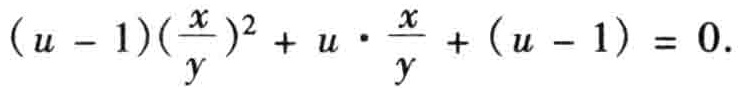
\((u - 1)(\frac{x}{y})^2 + u \cdot \frac{x}{y} + (u - 1) = 0.\)